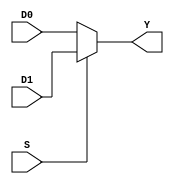
module mux2to1 (D0, D1, S, Y);
output Y;
input D0, D1, S;

	assign Y=(S) ? D1:D0;

endmodule